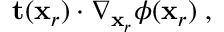
\mathbf { t } ( \mathbf { x } _ { r } ) \cdot \nabla _ { \mathbf { x } _ { r } } \phi ( \mathbf { x } _ { r } ) \; ,